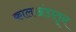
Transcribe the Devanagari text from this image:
कालखंडातून